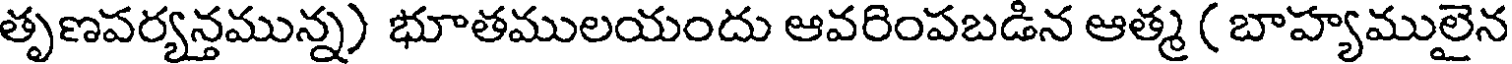
తృణపర్యన్తమున్న) భూతములయందు ఆవరింపబడిన ఆత్మ ( బాహ్యములైన